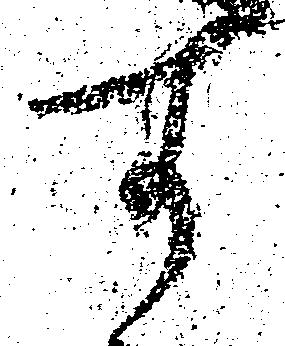
す